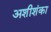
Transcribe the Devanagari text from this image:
अशीशंका